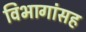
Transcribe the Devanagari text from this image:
विभागांसह